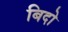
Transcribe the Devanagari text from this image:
बिदो